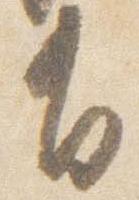
有